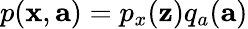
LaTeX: p(\mathbf{x},\mathbf{a})=p_{x}(\mathbf{z})q_{a}(\mathbf{a})